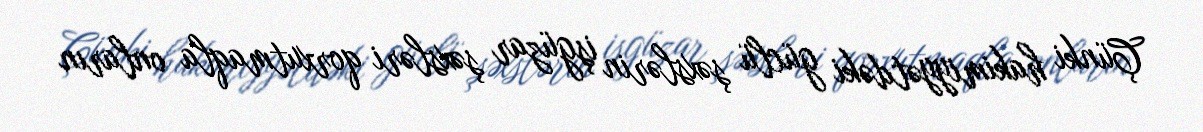
Çünki hakimiyyətdəki güclü şəxslərin işgüzar şəxsləri qorxutmaqla onların